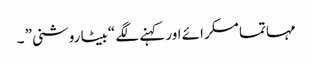
مہاتما مسکرائے اور کہنے لگے “بیٹا روشنی” ۔